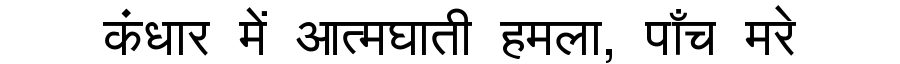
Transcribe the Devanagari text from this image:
कंधार में आत्मघाती हमला, पाँच मरे